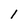
Character: l